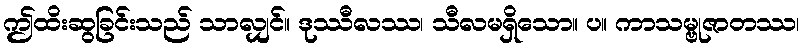
ဤထိးဆွခြင်းသည် သာလျှင်။ ဒုဿီလဿ၊ သီလမရှိသော။ ပ။ ကာသမ္ဗုဇာတဿ၊